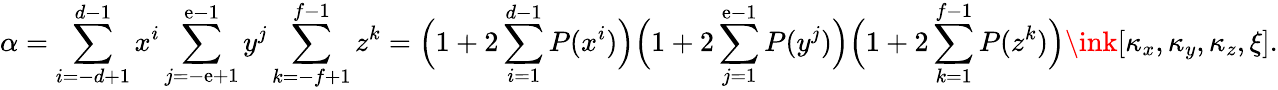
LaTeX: \alpha=\sum_{i=-d+1}^{d-1}x^{i}\sum_{j=-\mathrm{e}+1}^{\mathrm{e}-1}y^{j}\sum_{k=-f+1}^{f-1}z^{k}=\Big(1+2\sum_{i=1}^{d-1}P(x^{i})\Big)\Big(1+2\sum_{j=1}^{\mathrm{e}-1}P(y^{j})\Big)\Big(1+2\sum_{k=1}^{f-1}P(z^{k})\Big)\ink[\kappa_{x},\kappa_{y},\kappa_{z},\xi].